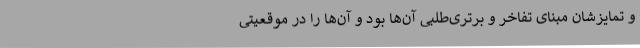
و تمایزشان مبنای تفاخر و برتری‌طلبی آن‌ها بود و آن‌ها را در موقعیتی